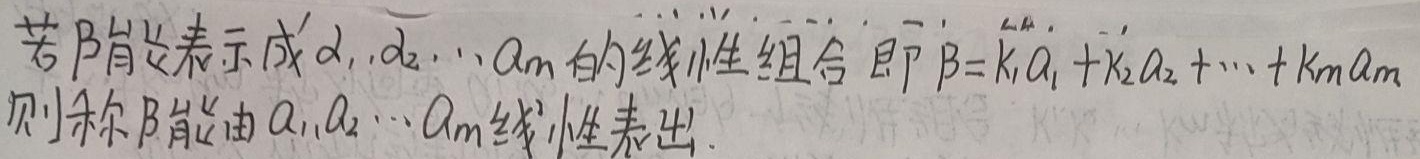
(660 第221题) \(y'' - 2y'+5y = e^{x}\cos2x\)，求特解 \(y^{*}\)。
解：法一
\[
\begin{align*}
y^{*}&=\frac{1}{D^{2}-2D + 5}e^{x}\cos2x\\
&=e^{x}\frac{1}{(D + 1)^{2}-2(D + 1)+5}\cdot\cos2x\\
&=e^{x}\frac{1}{D^{2}+4}\cos2x\\
&=x e^{x}\frac{1}{2D}\cos2x\\
&=\frac{1}{4}x e^{x}\sin2x
\end{align*}
\]
若 $\beta$ 能表示成 $\alpha_{1},\alpha_{2},\cdots,\alpha_{m}$ 的线性组合，即 $\beta = k_{1}\alpha_{1}+k_{2}\alpha_{2}+\cdots + k_{m}\alpha_{m}$，则称 $\beta$ 能由 $\alpha_{1},\alpha_{2},\cdots,\alpha_{m}$ 线性表出。